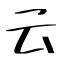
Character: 云